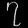
Digit: ၇